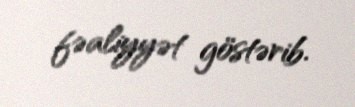
fəaliyyət göstərib.